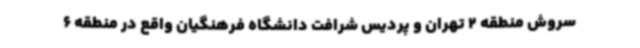
سروش منطقه 2 تهران و پردیس شرافت دانشگاه فرهنگیان واقع در منطقه 6